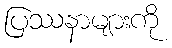
ပြဿနာများကို